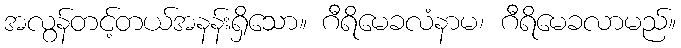
အလွန်တင့်တယ်အနန်းရှိသော။ ဂီရိမေခလံနာမ၊ ဂီရိမေခလာမည်။